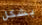
بشكل